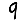
Digit: 9